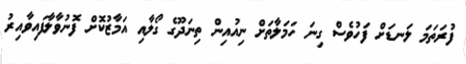
ފުރަތަމަ ލަނޑަށް ފަހުވެސް ގިނަ ހަމަލާތަށް ނިއުއިން ތިނަދޫގެ ގޯލާއި އަމާޒުކޮށް ފޮނުވާލާފައިވާއިރު